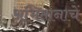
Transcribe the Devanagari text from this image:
अभिमानाचें